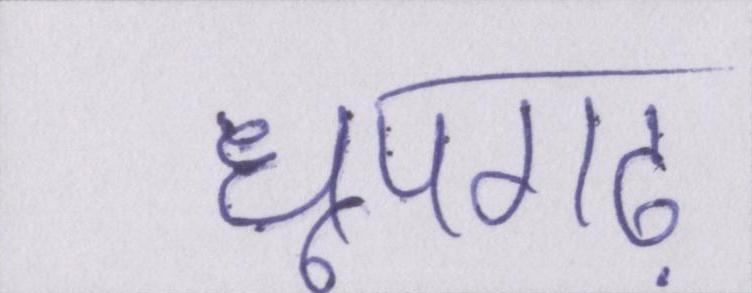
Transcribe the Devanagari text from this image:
धूपगढ़